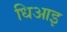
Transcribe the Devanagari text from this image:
धिआइ